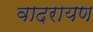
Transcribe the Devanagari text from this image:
वादरायण